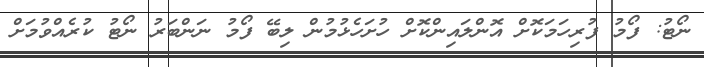
ނޯޓު: ފޯމު ފުރިހަމަކޮށް އޮންލައިންކޮށް ހުށަހެޅުމުން ލިބޭ ފޯމު ނަންބަރު ނޯޓު ކުރެއްވުމަށް